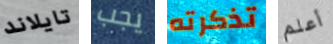
تايلاند يجب تذكرته أعلم